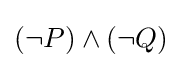
(\lnot P)\land (\lnot Q)